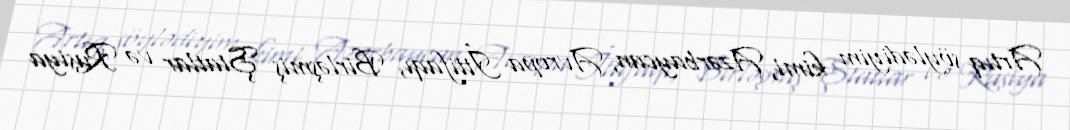
Artıq söylədiyim kimi, Azərbaycan, Avropa İttifaqı, Birləşmiş Ştatlar və Rusiya